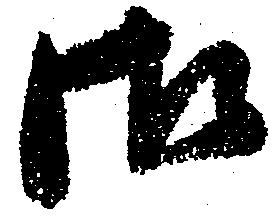
御